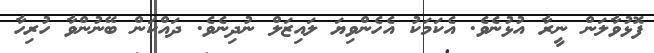
ފޮޅުވާލަން ނީރާ އުޅުނެވެ. އެކަމަކު އެހެންވިޔަ ލައިޒަލް ނުދިނެވެ. ދައްކަން ބޭނުންވާ ހުރިހާ